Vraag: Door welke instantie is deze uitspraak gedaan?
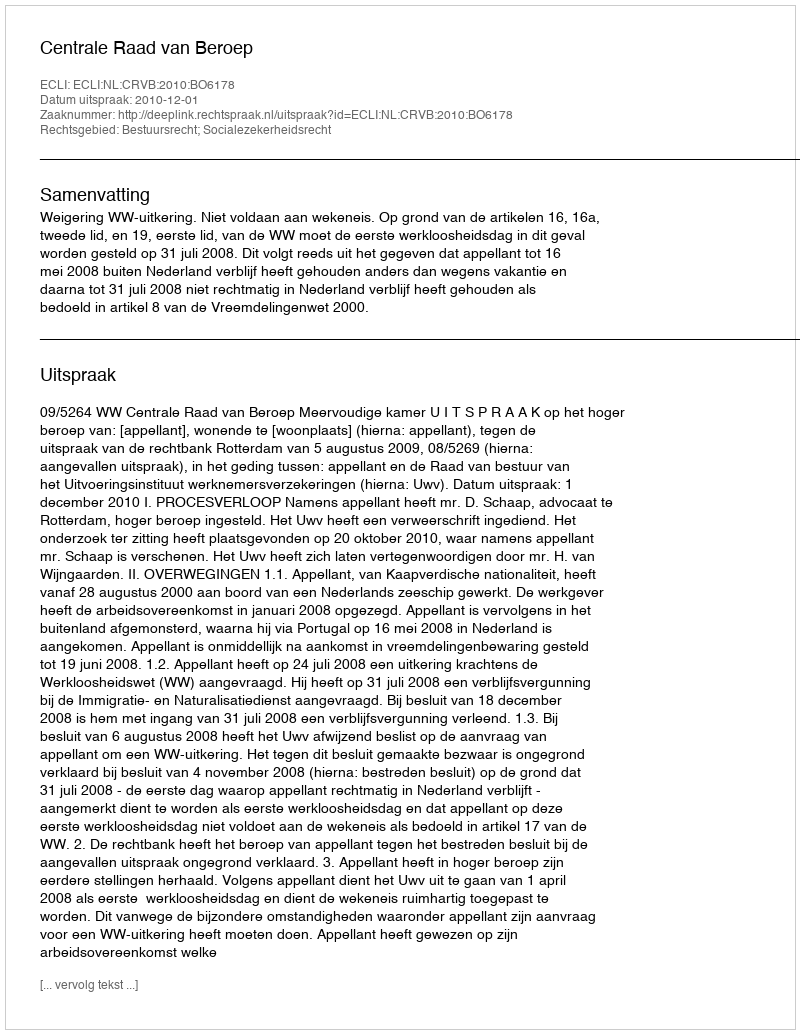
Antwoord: Centrale Raad van Beroep